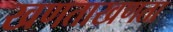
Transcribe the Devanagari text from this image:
खणताखणता